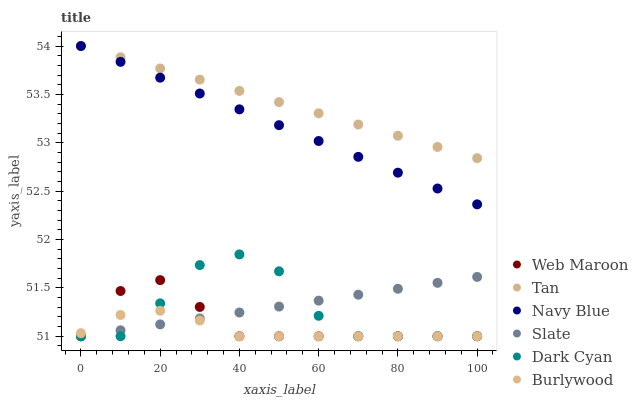
| xaxis_label | Web Maroon | Tan | Navy Blue | Slate | Dark Cyan | Burlywood |
 | --- | --- | --- | --- | --- | --- | --- |
 | 0 | 51 | 54 | 54 | 51 | 51 | 51 |
 | 10 | 51.5 | 53.9 | 53.8 | 51.1 | 51 | 51.2 |
 | 20 | 51.6 | 53.8 | 53.7 | 51.1 | 51.3 | 51.3 |
 | 30 | 51.3 | 53.7 | 53.5 | 51.2 | 51.7 | 51.2 |
 | 40 | 51 | 53.5 | 53.3 | 51.2 | 51.8 | 51 |
 | 50 | 51 | 53.4 | 53.2 | 51.3 | 51.7 | 51 |
 | 60 | 51 | 53.3 | 53 | 51.4 | 51.2 | 51 |
 | 70 | 51 | 53.2 | 52.9 | 51.4 | 51 | 51 |
 | 80 | 51 | 53.1 | 52.7 | 51.5 | 51 | 51 |
 | 90 | 51 | 53 | 52.5 | 51.6 | 51 | 51 |
 | 100 | 51 | 52.8 | 52.4 | 51.6 | 51 | 51 |